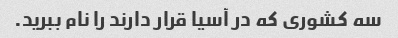
سه کشوری که در آسیا قرار دارند را نام ببرید.